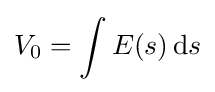
V_{0}=\int E(s)\,\mathrm {d} s